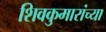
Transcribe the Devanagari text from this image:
शिवकुमारांच्या